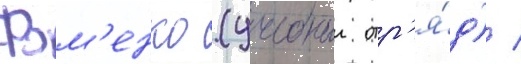
Фом'енко (учебныи отр'я́д) /